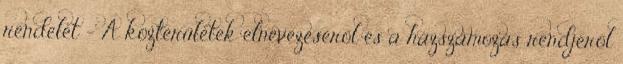
rendelet – A közterületek elnevezéséről és a házszámozás rendjéről